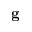
\mathbf g